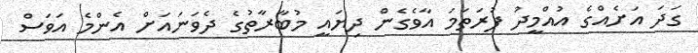
ގަދަ އަށެއްގެ އުއްމީދު ފުރަތަމަ އާވެގެން ދިޔައީ މުބާރާތުގެ ދެވަނައަށް އެންމެ އަވަސް